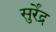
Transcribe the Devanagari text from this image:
सुर्रेंद्र